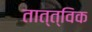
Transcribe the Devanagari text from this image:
तात्त्‍विक